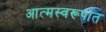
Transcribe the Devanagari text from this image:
आत्मस्वरूपात